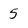
Character: 5